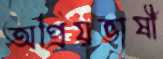
অপ্রিয়ভাষী